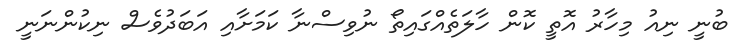
ބުނީ ނިއު މިހާރު އޮތީ ކޮން ހާލަތެއްގައިތޯ ނުވިސްނާ ކަމަށާއި އަބަދުވެސް ނިކުންނަނީ